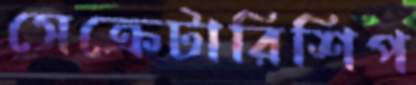
সেক্রেটারিশিপ